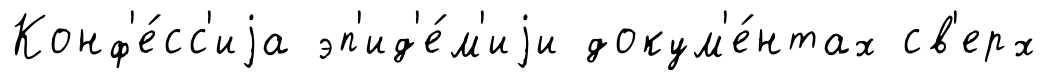
Конф'е́сс'иjа эп'ид'е́м'иjи докум'е́нтах св'ерх